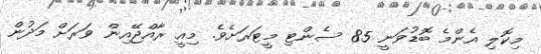
މިކޮލި އެންމެ ބޮޑުވަނީ 85 ސެންޓި މީޓަރަށެވެ. މިއީ ރާއްޖޭއިން ވަރަށް މަދުން